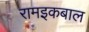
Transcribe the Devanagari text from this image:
रामइकबाल